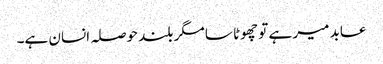
عابد میر ہے تو چھوٹا سا مگر بلند حوصلہ انسان ہے۔